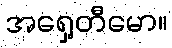
အရှေ့တီမော။